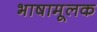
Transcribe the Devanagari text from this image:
भाषामूलक